Calcutta medical institutions reports 1871-78
Year: 1871
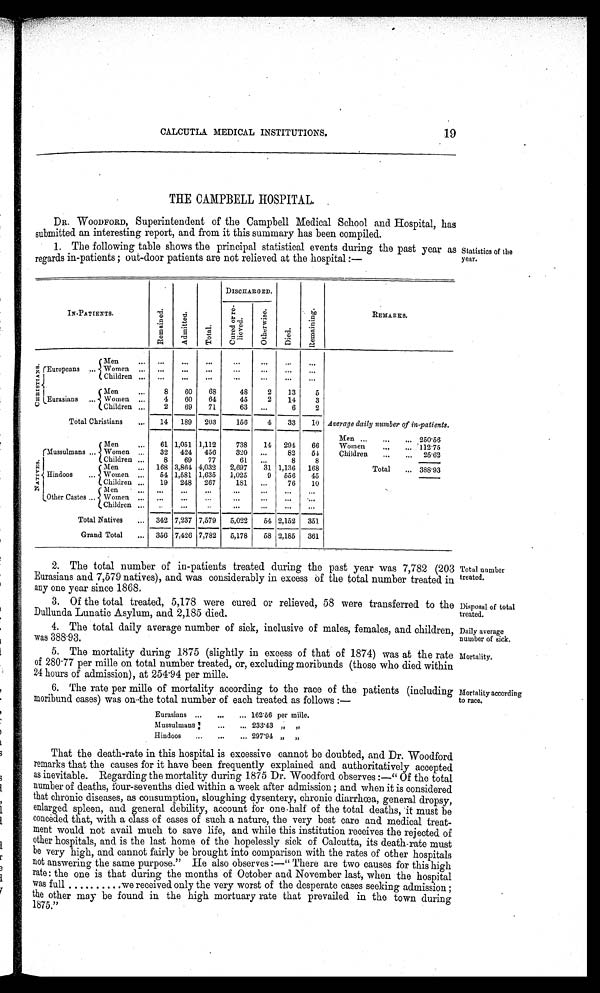
19
CALCUTTA MEDICAL INSTITUTIONS.
THE CAMPBELL HOSPITAL.
DR. WOODFORD, Superintendent of the Campbell Medical School and Hospital, has
submitted an interesting report, and from it this summary has been compiled.
1. The following table shows the principal statistical events during the past year as
regards in-patients; out-door patients are not relieved at the hospital:—
Statistics of the year.
I N- P AT I E NT S .
R e m a i n e d .
A d m i t t e d .
T o t a l .
DISCHARGED.
D i e d .
R e m a i n i n g .
REMARKS.
C u r e d o f r e l i e v e d .
O t h e r w i s e .
C H R I S T I A N S .
Europeans
Men
Wome
n
Children
Eurasians
Men
8 60 68
48 2 13 5
••
Women
4 60 64
45 2 14 3
Children
2 69 71
63
6 2
Total Christians
14 189 203 156 4 33 10 Average daily number of in-patients.
Men
2 5 0 . 5 6
N A T I V E S .
Mussulmans
Men
61 1,051 1,112 738 14 294 66 Women
1 1 2 . 7 5
Women
32 424 456 320
82 54 Children
2 5 . 6 2
Children
8 69 77
61
8 8
Hindoos
Men
168 3,864 4,032 2,697 31 1,136 168
Total 3 8 8 . 9 3
Women
54 1,581 1,635 1,025 9 556 45
Children
19 248 267 181
76 10
Other Castes
M e n
Women
Children
Total Natives
342 7,237 7,579 5,022 54 2,152 351
Grand Total 356 7,426 7,782 5,178 58 2,185 361
2. The total number of in-patients treated during the past year was 7,782 (203
Eurasians and 7,579 natives), and was considerably in excess of the total number treated in
any one year since 1868.
3. Of the total treated, 5,178 were cured or relieved, 58 were transferred to the
Dullunda Lunatic Asylum, and 2,185 died.
4. The total daily average number of sick, inclusive of males, females, and children,
was 388.93.
Total number
treated.
Disposal of total
treated.
Daily average
number of sick.
5. The mortality during 1875 (slightly in excess of that of 1874) was at the rate Mortality.
of 280 .77 per mille on total number treated, or, excluding moribunds (those who died within
24 hours of admission), at 254 .94 per mille.
6. The rate per mille of mortality according to the race of the patients (including
moribund cases) was on the total number of each treated as follows :—
Eurasians
162.56 per mille.
Mussulmans
233.43 „ „
Hindoos
297.94 „ „
That the death-rate in this hospital is excessive cannot be doubted, and Dr. Woodford
remarks that the causes for it have been frequently explained and authoritatively accepted
as inevitable. Regarding the mortality during 1875 Dr. Woodford observes:—" Of the total
number of deaths, four-sevenths died within a week after admission ; and when it is considered
that chronic diseases, as consumption, sloughing dysentery, chronic diarrhœa, general dropsy,
enlarged spleen, and general debility, account for one half of the total deaths, 'it must be
conceded that, with a class of cases of such a nature, the very best care and medical treat-
ment would not avail much to save life, and while this institution receives the rejected of
other hospitals, and is the last home of the hopelessly sick of Calcutta, its death-rate must
be very high, and cannot fairly be brought into comparison with the rates of other hospitals
not answering the same purpose." He also observes:—" There are two causes for this high
rate: the one is that during the months of October and November last, when the hospital
was full..........we received only the very worst of the desperate cases seeking admission ;
the other may be found in the high mortuary rate that prevailed in the town during
1875."
Mortality according
to race.